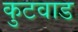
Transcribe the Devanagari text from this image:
कुटवाड